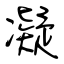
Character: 凝